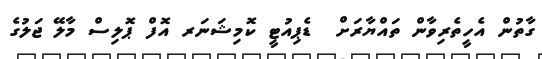
ގާތުން އެހީތެރިވާން ތައްޔާރަށް  ޑެޕިއުޓީ ކޮމިޝަނަރ އޮފް ޕޮލިސް މާލޭ ޖަލުގެ